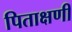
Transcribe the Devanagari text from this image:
पिताक्षणी